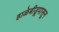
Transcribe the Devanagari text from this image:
हाळेबीडूपासून